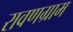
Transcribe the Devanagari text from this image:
रावणग्राम